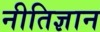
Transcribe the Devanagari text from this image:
नीतिज्ञान